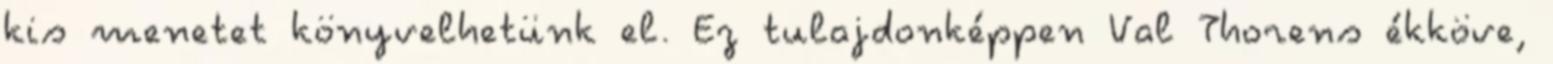
kis menetet könyvelhetünk el. Ez tulajdonképpen Val Thorens ékköve,